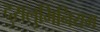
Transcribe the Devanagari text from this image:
दुरालुमिनियम